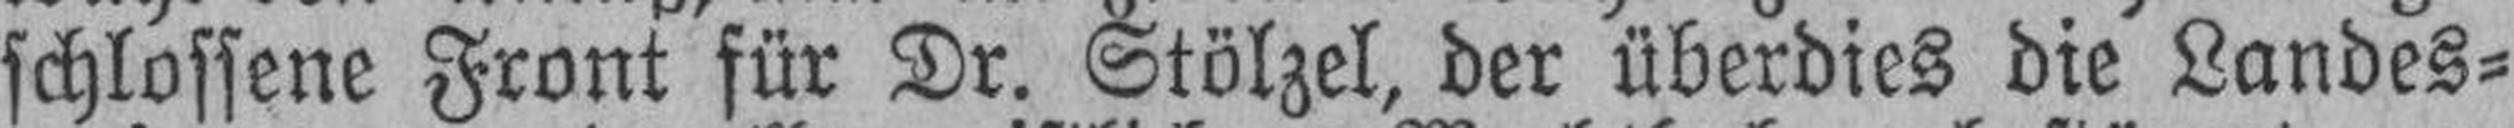
schlossene Front für Dr. Stölzel, der überdies die Landes¬